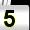
Digit: 5